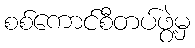
စစ်ကောင်စီတပ်ဖွဲ့မှ